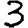
Digit: 3